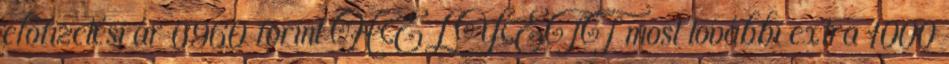
előfizetési ár 6960 forint HELYETT most további extra 1000